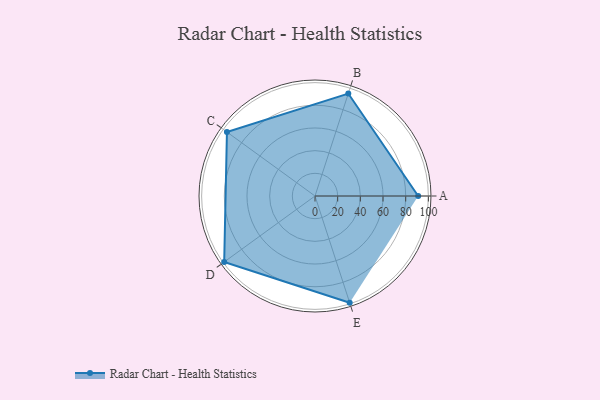
{"axis": {"x": "Skill", "y": "Score"}, "legend": ["Profile"], "data": [{"x": "A", "y": 91.0, "type": "Profile"}, {"x": "B", "y": 95.0, "type": "Profile"}, {"x": "C", "y": 96.0, "type": "Profile"}, {"x": "D", "y": 99.0, "type": "Profile"}, {"x": "E", "y": 99, "type": "Profile"}]}